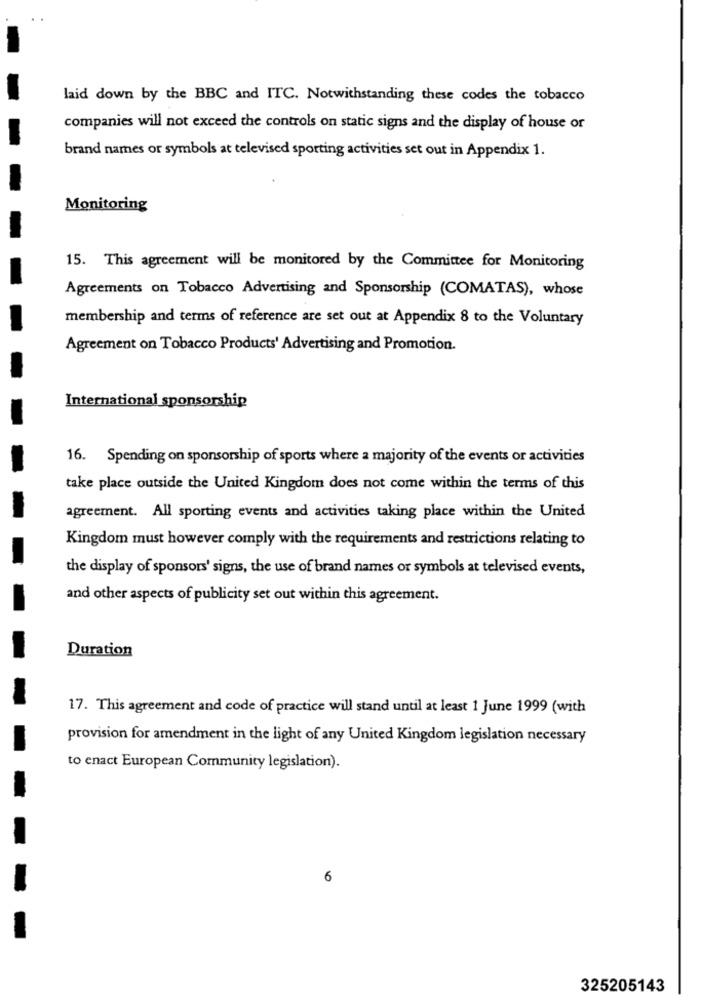
laid down by the BBC and ITC. Notwithstanding these codes the tobacco
companies will not exceed the controls on static signs and the display of house or
brand names or symbols at televised sporting activities set out in Appendix 1.
Monitoring
15. This agreement will be monitored by the Committee for Monitoring
Agreements on Tobacco Advertising and Sponsorship (COMATAS), whose
membership and terms of reference are set out at Appendix 8 to the Voluntary
Agreement on Tobacco Products' Advertising and Promotion.
International sponsorship
16. Spending on sponsorship of sports where a majority of the events or activities
take place outside the United Kingdom does not come within the terms of this
agreement. All sporting events and activities taking place within the United
Kingdom must however comply with the requirements and restrictions relating to
the display of sponsors' signs, the use of brand names or symbols at televised events,
and other aspects of publicity set out within this agreement.
Duration
17. This agreement and code of practice will stand until at least 1 June 1999 (with
provision for amendment in the light of any United Kingdom legislation necessary
to enact European Community legislation).
6
325205143